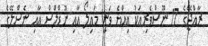
ރާއްޖޭގެ 17 ނޫސްވެރިއަކު އިއްޔެ ވަނީ މައިލޯ އާއި ނޫޑްލްސް އާއި ނެސްލޭގެ